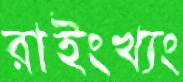
রাইংখ্যং